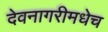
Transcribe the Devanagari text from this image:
देवनागरीमधेच